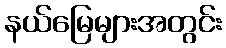
နယ်မြေများအတွင်း